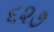
૬૨૭